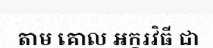
តាម គោល អក្ខរវិធី ជា